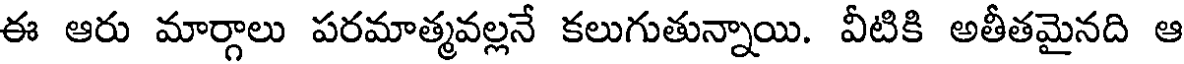
ఈ ఆరు మార్గాలు పరమాత్మవల్లనే కలుగుతున్నాయి. వీటికి అతీతమైనది ఆ